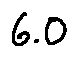
6 . 0